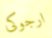
ارجوكى